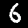
Label: 6